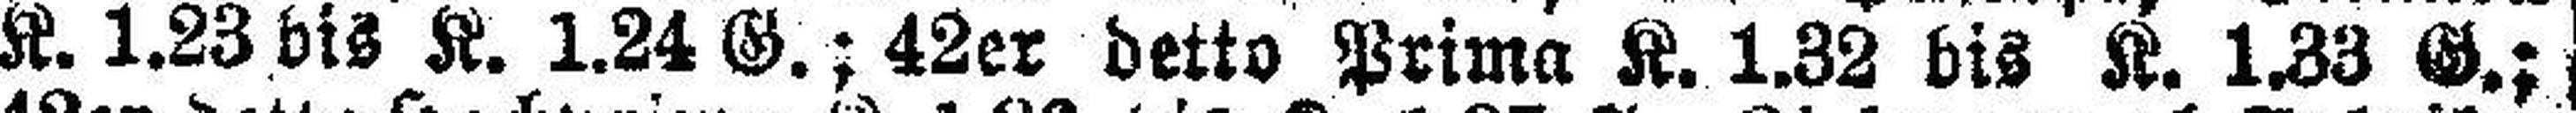
K. 1.23 bis K. 1.24 G.; 42er detto Prima K. 1.32 bis K. 1.33 G.;